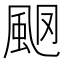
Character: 𩖩